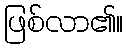
ဖြစ်လာ၏။